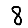
Digit: 8